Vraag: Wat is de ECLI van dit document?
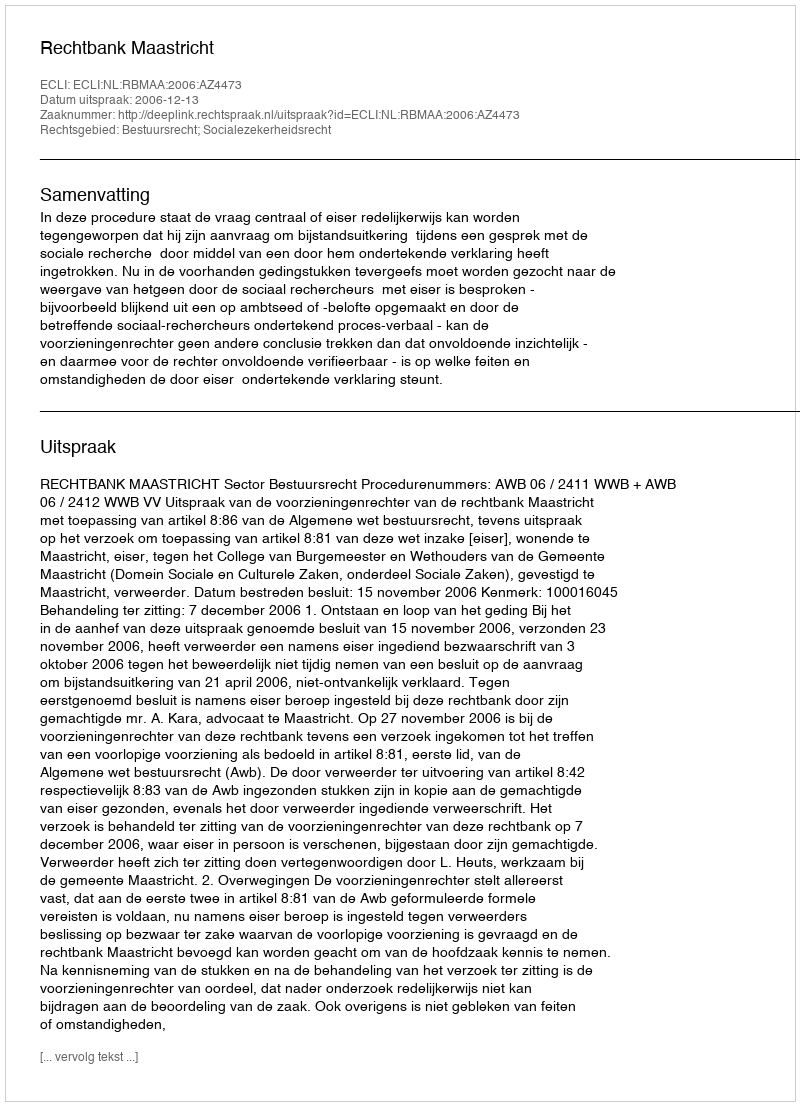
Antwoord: ECLI:NL:RBMAA:2006:AZ4473